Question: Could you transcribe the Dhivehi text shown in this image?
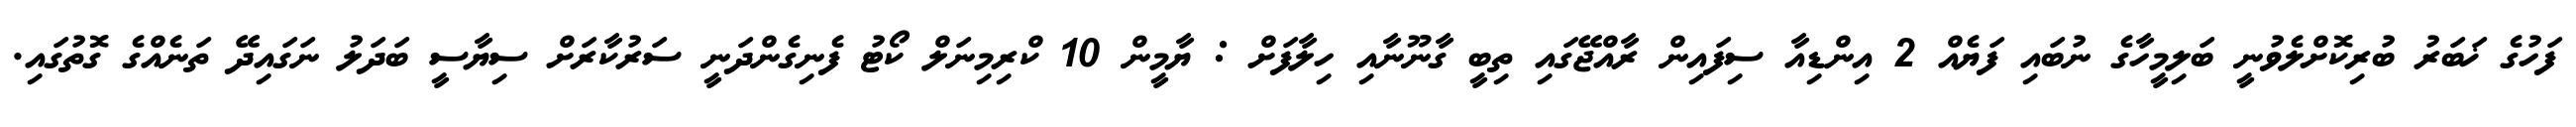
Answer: ފަހުގެ ޚަބަރު ބުރިކޮށްލެވުނީ ބަލިމީހާގެ ނުބައި ފަޔެއް 2 އިންޑިއާ ސިފައިން ރާއްޖޭގައި ތިބީ ގާނޫނާއި ހިލާފަށް : ޔާމީން 10 ކްރިމިނަލް ކޯޓު ފެނިގެންދަނީ ސަރުކާރަށް ސިޔާސީ ބަދަލު ނަގައިދޭ ތަނެއްގެ ގޮތުގައި.